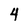
Character: 4